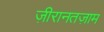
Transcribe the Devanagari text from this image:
ज़ीरानतज़ाम